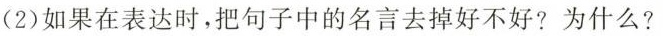
(2)如果在表达时，把句子中的名言去掉好不好？为什么？